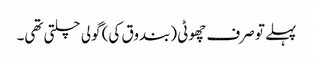
پہلے تو صرف چھوٹی (بندوق کی) گولی چلتی تھی۔